Annual report on the mental hospital in the Central Provinces and Berar (Nagpur) - 1927-1951
Year: 1927
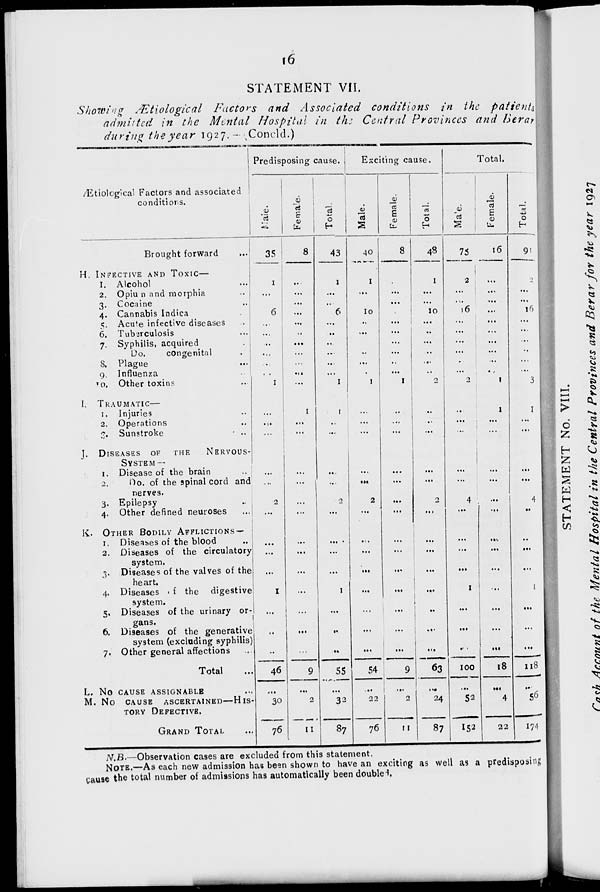
16
STATEMENT VII.
Showing Ætiological Factors and Associated conditions in the patients
admitted in the Mental Hospital in the Central Provinces and Berar
during the year 1927.—(Concld.)
Ætiological Factors and associated
conditions.
Brought forward ...
H. INFECTIVE AND TOXIC—
1. Alcohol ...
2. Opium and morphia ...
3. Cocaine ...
4. Cannabis Indica ...
5. Acute infective diseases ...
6. Tuberculosis ...
7. Syphilis, acquired ...
Do.
congenital ...
8. Plague ...
9. Influenza ...
10. Other toxins ...
I. TRAUMATIC—
1. Injuries ...
2. Operations ...
3. Sunstroke ...
J. DISEASES OF THE
NERVOUS-
SYSTEM—
1. Disease of the brain ...
2. Do. of the spinal cord and
nerves.
3. Epilepsy ...
4. Other defined neuroses ...
K. OTHER BODILY AFFLICATIONS —
1. Diseases of the blood ...
2. Diseases of the circulatory
system.
3. Diseases of the valves of the
heart.
4. Diseases of the digestive
system.
5. Diseases of the urinary or-
gans.
6. Diseases of the generative
system (excluding syphilis)
7. Other general affections
Total ...
L. No CAUSE ASSIGNABLE ...
M. NO CAUSE ASCERTAINED—HIS-
TORY DEFECTIVE.
GRAND TOTAL ...
Predisposing cause.
Male.
35
1
...
6
...
...
...
...
...
1
...
...
...
...
...
2
...
...
...
...
1
...
...
...
46
...
30
76
Female.
8
...
...
...
...
...
...
...
...
...
...
...
1
...
...
...
...
...
...
...
...
...
...
...
...
...
9
...
2
11
Total.
43
1
...
...
6
...
...
...
...
...
...
1
1
...
...
...
...
2
...
...
...
...
1
...
...
...
55
...
32
87
Exciting cause.
Male.
40
1
...
...
10
...
...
...
...
...
...
1
...
...
...
...
...
2
...
...
...
...
...
...
...
...
54
...
22
76
Female.
8
...
...
...
...
...
...
...
...
...
...
1
...
...
...
...
...
...
...
...
...
...
...
...
...
...
9
...
2
11
Total.
48
1
...
...
10
...
...
...
...
...
...
2
...
...
...
...
...
2
...
...
...
...
...
...
...
...
63
...
24
87
Total.
Male.
75
2
...
...
16
...
...
...
...
...
...
2
...
...
...
...
...
4
...
...
...
...
1
...
...
...
100
...
52
152
Female.
16
...
...
...
...
...
...
...
...
...
...
1
1
...
...
...
...
...
...
...
...
...
...
...
...
...
18
...
4
22
Total.
91
2
...
...
16
...
...
...
...
...
...
3
1
...
...
...
...
4
...
...
...
...
1
...
...
...
118
...
56
174
N.B.—Observation cases are excluded from this statement.
NOTE.—As each new admission has been shown to have an exciting as well as a predisposing
cause the total number of admissions has automatically been doubled